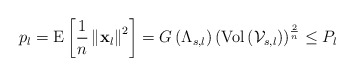
\begin{align*}p_{l}=\textrm{E}\left[\frac{1}{n}\left\Vert \mathbf{x}_{l}\right\Vert ^{2}\right]=G\left(\Lambda_{s,l}\right)\left(\textrm{Vol}\left(\mathcal{V}_{s,l}\right)\right)^{\frac{2}{n}}\leq P_{l}\end{align*}